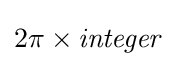
2\pi \times {\mathit {integer}}